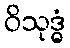
ဝိသုဒ္ဓံ